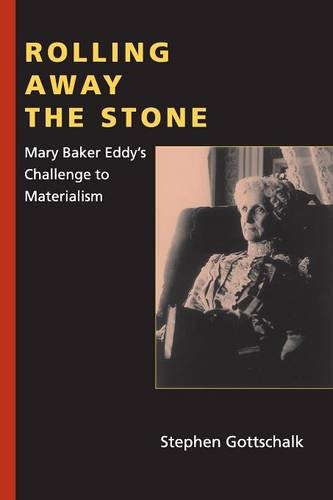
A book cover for Rolling Away the Stone: Mary Baker Eddy's Challenge to Materialism (Religion in North America); Stephen Gottschalk; Christian Books & Bibles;